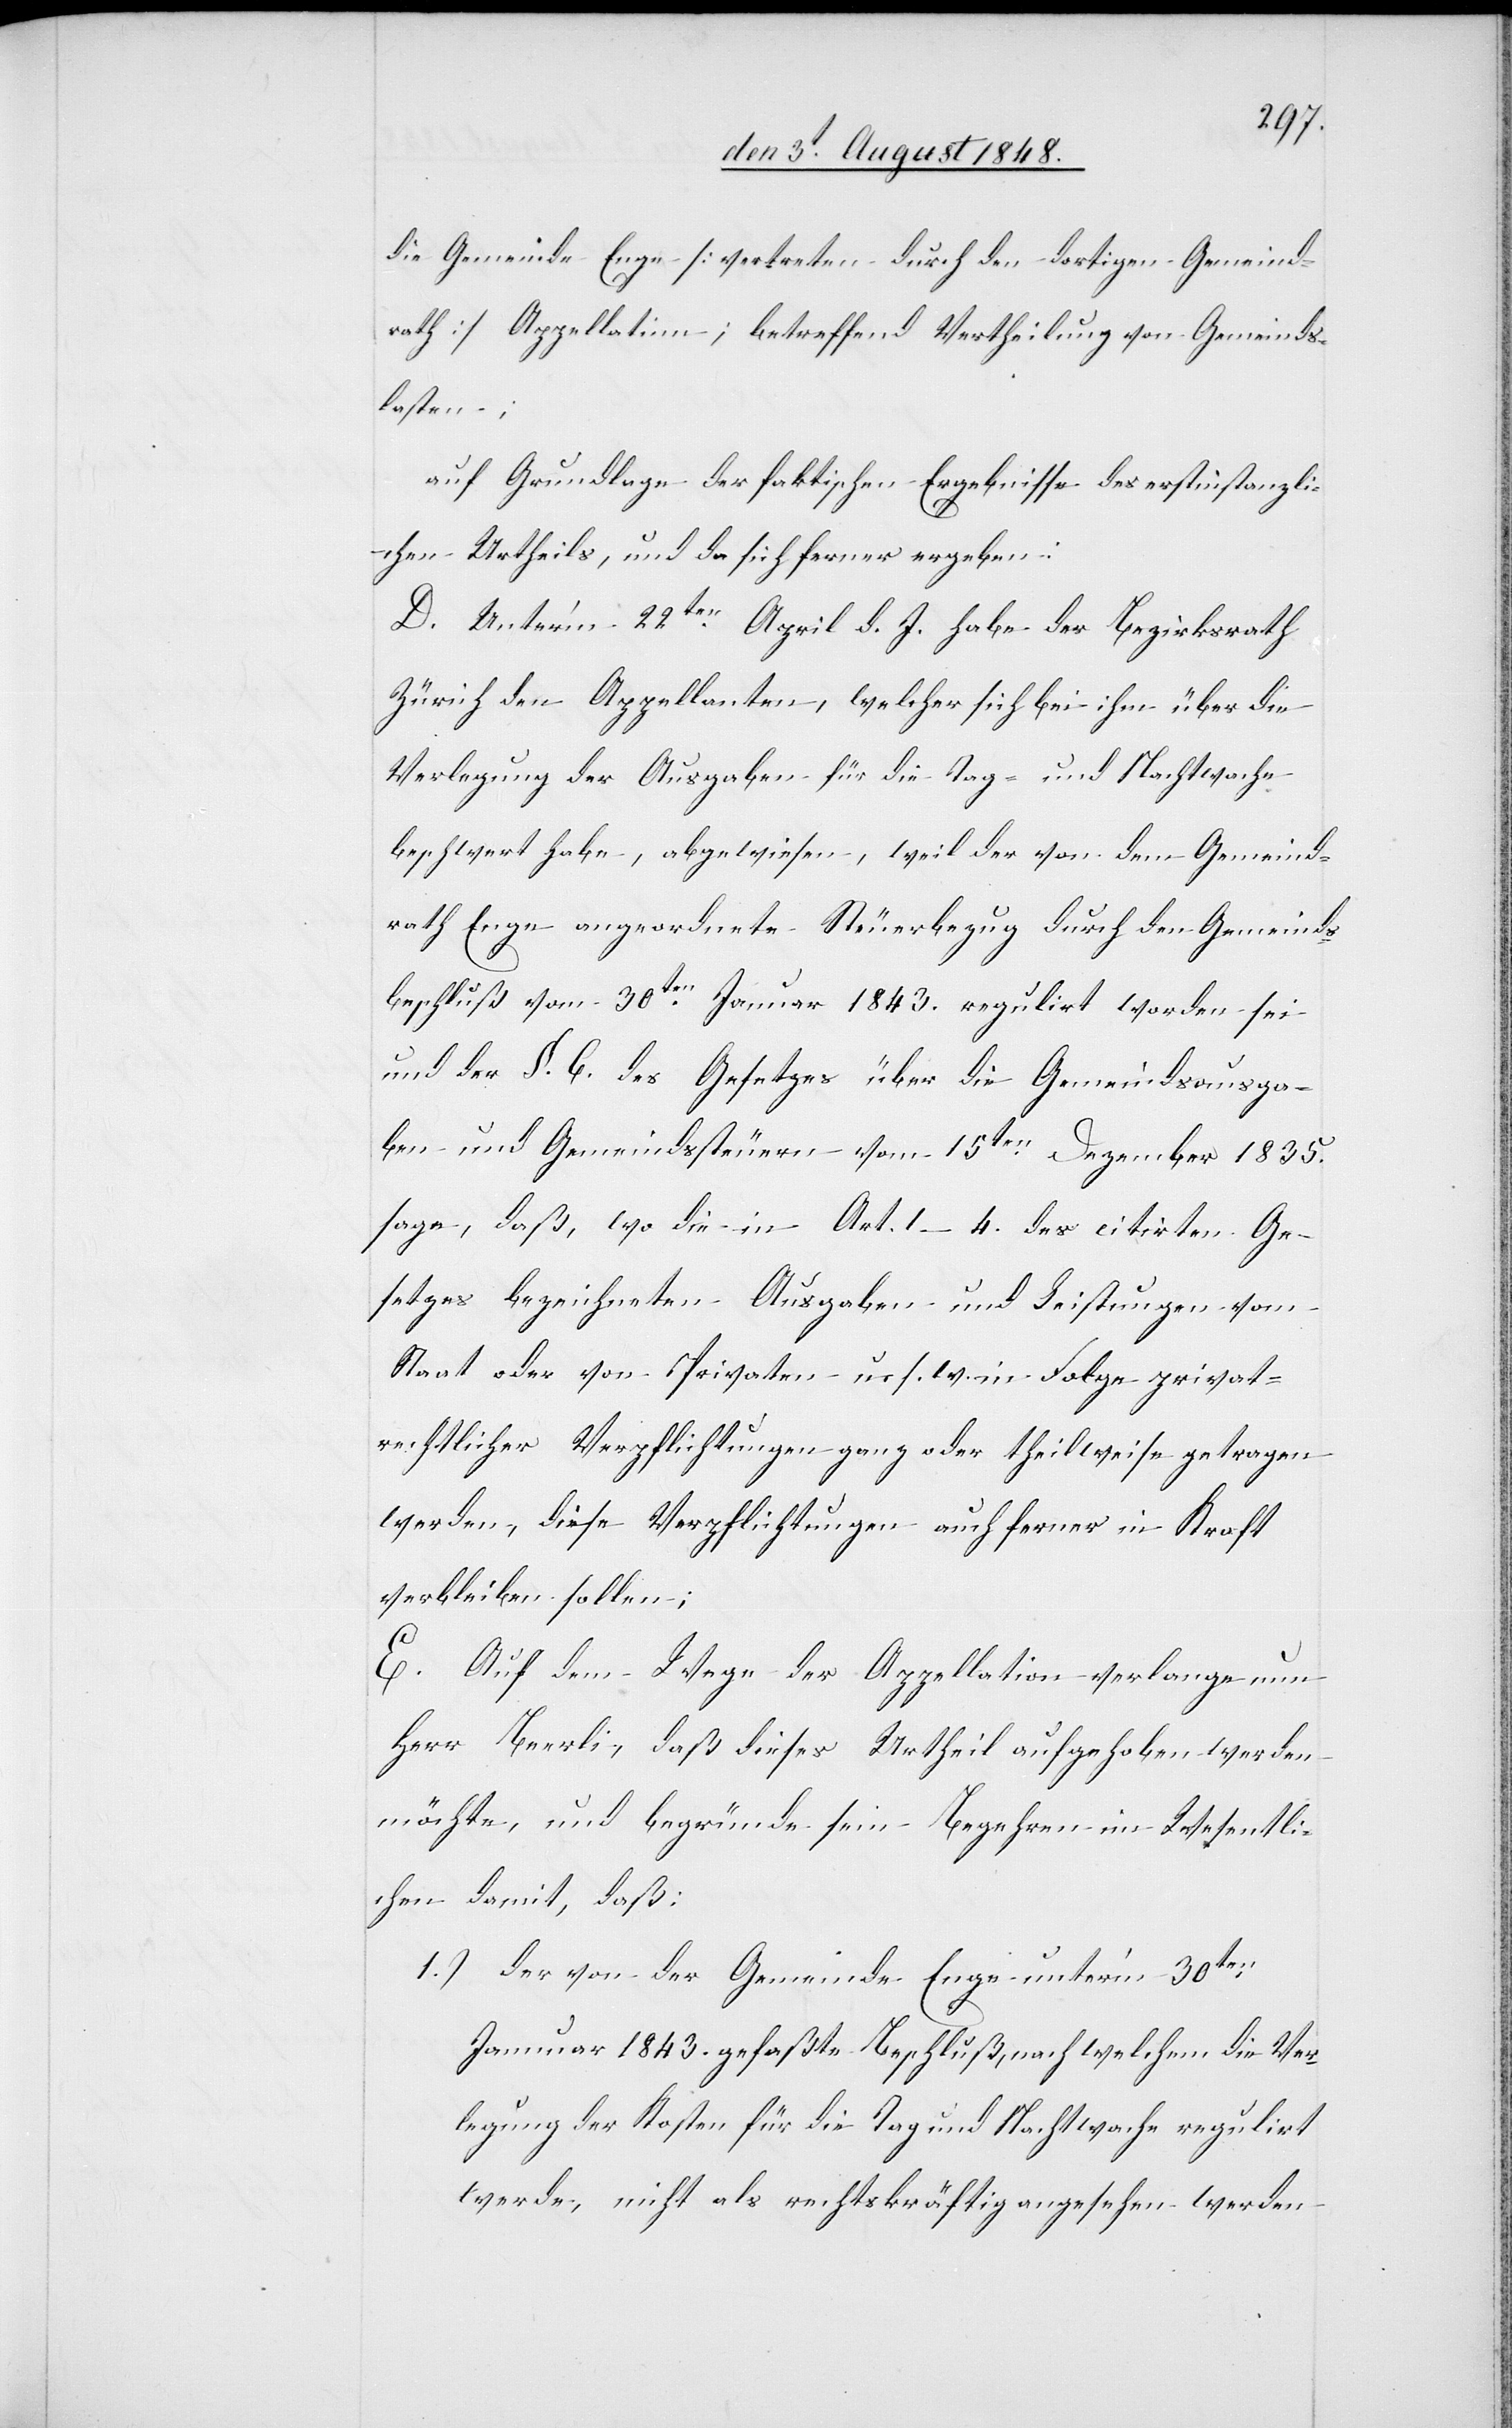
die Gemeinde Enge [vertreten durch den dortigen Gemeind¬
rath] Appellatinn; betreffend Vertheilung von Gemeinds¬
lasten;
auf Grundlage der faktischen Ergebnisse des erstinstanzli¬
chen Urtheils, und da sich ferner ergeben:
D. Unter’m 22ten April d. J. habe der Bezirksrath
Zürich den Appellanten, welcher sich bei ihm über die
Verlegung der Ausgaben für die Tag- und Nachtwache
beschwert habe, abgewiesen, weil der von dem Gemeind¬
rath Enge angeordnete Steuerbezug durch den Gemeinds¬
beschluß vom 30ten Januar 1843. regulirt worden sei
und der §. 6. des Gesetzes über die Gemeindsausga¬
ben und Gemeindssteuern vom 15ten Dezember 1835.
sage, daß, wo die in Art. 1–4. des citirten Ge¬
setzes bezeichneten Ausgaben und Leistungen vom
Staat oder von Privaten u. s. w. in Folge privat¬
rechtlicher Verpflichtungen oder theilweise getragen
werden, diese Verpflichtungen auch ferner in Kraft
verbleiben sollen.
E. Auf dem Wege der Appellation verlange nun
Herr Beerli, daß dieses Urtheil aufgehoben werden
möchte, und begründe sein Begehren im Wesentli¬
chen damit, daß:
1.) der von der Gemeinde Enge unter’m 30ten
Januar 1843. gefaßte Beschluß, nach welchem die Ver¬
legung der Kosten für die Tag und Nachtwache regulirt
werde, nicht als rechtskräftig angesehen werden